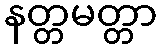
နတ္တမတ္တာ